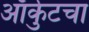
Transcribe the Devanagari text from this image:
ऑर्कुटचा